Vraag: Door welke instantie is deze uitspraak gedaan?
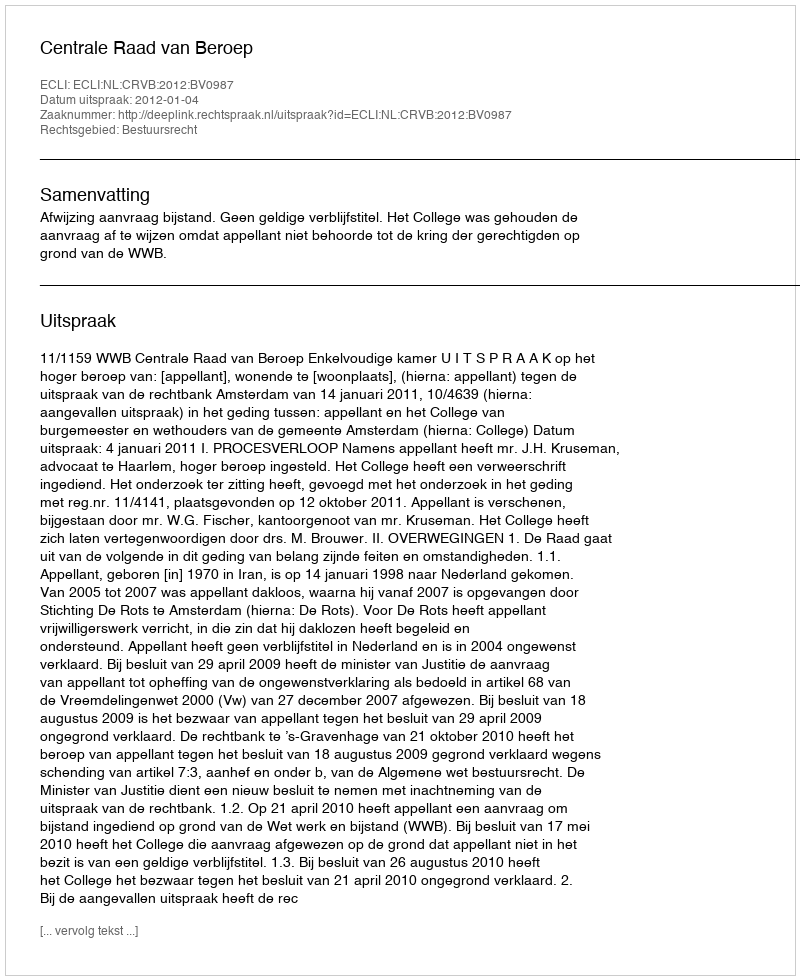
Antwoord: Centrale Raad van Beroep